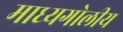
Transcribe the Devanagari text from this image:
माध्यगोलीय